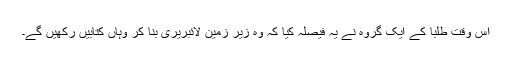
اس وقت طلبا کے ایک گروہ نے یہ فیصلہ کیا کہ وہ زیر زمین لائبریری بنا کر وہاں کتابیں رکھیں گے۔